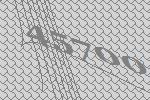
45700